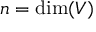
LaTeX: n = \dim ( V )